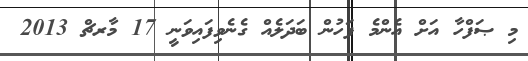
މި ޞަފްހާ އަށް އެންމެ ފަހުން ބަދަލެއް ގެނެވިފައިވަނީ 17 މާރޗް 2013